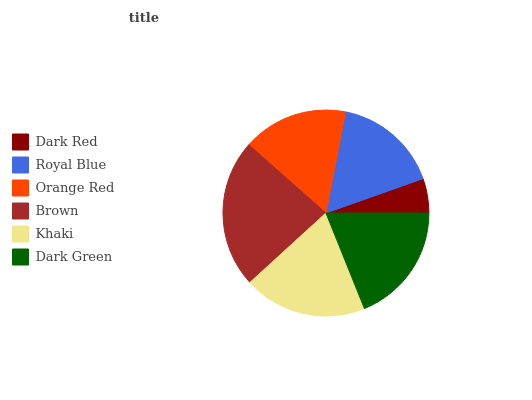
| Dark Red | Royal Blue | Orange Red | Brown | Khaki | Dark Green |
 | --- | --- | --- | --- | --- | --- |
 | 5.41% | 16.6% | 16.6% | 23.2% | 19.3% | 18.9% |